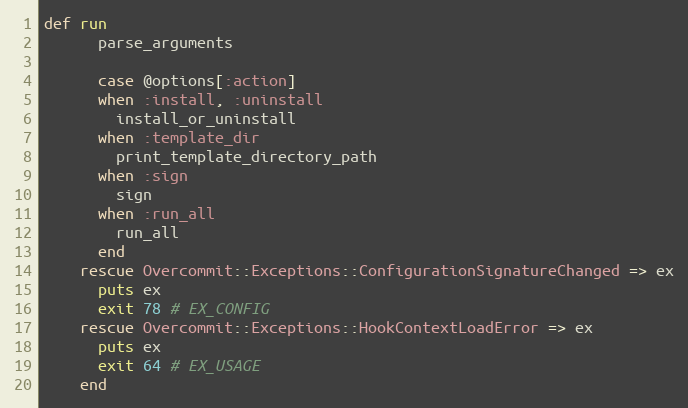
Language: Ruby
def run
      parse_arguments

      case @options[:action]
      when :install, :uninstall
        install_or_uninstall
      when :template_dir
        print_template_directory_path
      when :sign
        sign
      when :run_all
        run_all
      end
    rescue Overcommit::Exceptions::ConfigurationSignatureChanged => ex
      puts ex
      exit 78 # EX_CONFIG
    rescue Overcommit::Exceptions::HookContextLoadError => ex
      puts ex
      exit 64 # EX_USAGE
    end